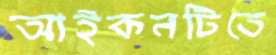
আইকনটিতে